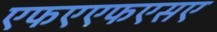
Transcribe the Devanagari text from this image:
एफएएफएसए